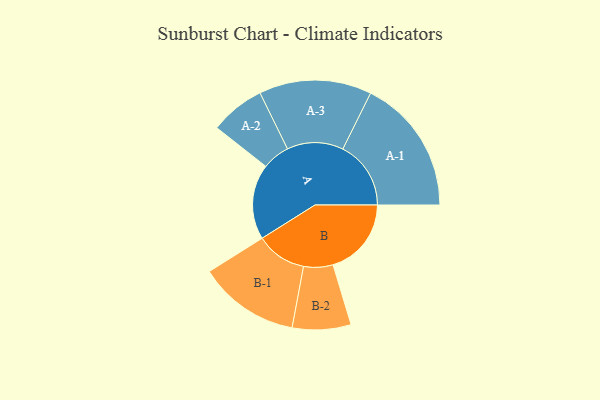
{"axis": {"x": "Segment", "y": "Value"}, "legend": ["", "A", "B"], "data": [{"x": "A", "y": 293, "type": ""}, {"x": "B", "y": 305, "type": ""}, {"x": "A-1", "y": 265, "type": "A"}, {"x": "A-2", "y": 107, "type": "A"}, {"x": "A-3", "y": 219, "type": "A"}, {"x": "B-1", "y": 197, "type": "B"}, {"x": "B-2", "y": 114, "type": "B"}]}